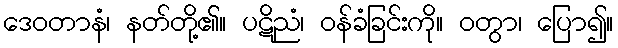
ဒေဝတာနံ၊ နတ်တို့၏။ ပဋိညံ၊ ဝန်ခံခြင်းကို။ ဝတွာ၊ ပြော၍။